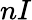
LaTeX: nI